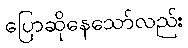
ပြောဆိုနေသော်လည်း